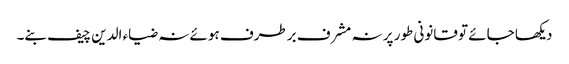
دیکھا جائے تو قانونی طور پر نہ مشرف برطرف ہوئے نہ ضیاء الدین چیف بنے۔